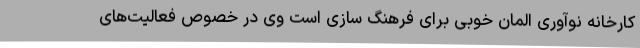
کارخانه نوآوری المان خوبی برای فرهنگ سازی است وی در خصوص فعالیت‌های